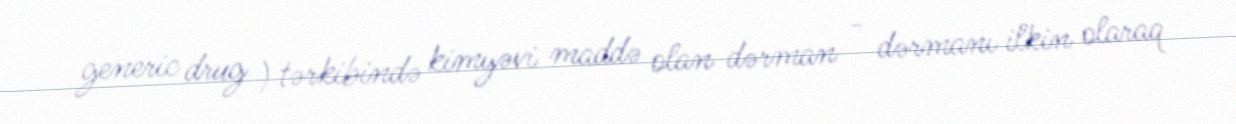
generic drug ) tərkibində kimyəvi maddə olan dərman - dərmanı ilkin olaraq